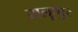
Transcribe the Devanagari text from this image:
राल्हूपुर